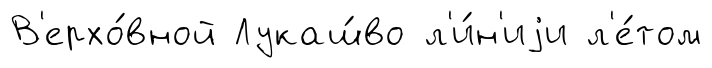
В'ерхо́вной Лукаш́во л'и́н'иjи л'е́том